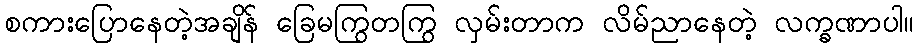
စကားပြောနေတဲ့အချိန် ခြေမကြွတကြွ လှမ်းတာက လိမ်ညာနေတဲ့ လက္ခဏာပါ။